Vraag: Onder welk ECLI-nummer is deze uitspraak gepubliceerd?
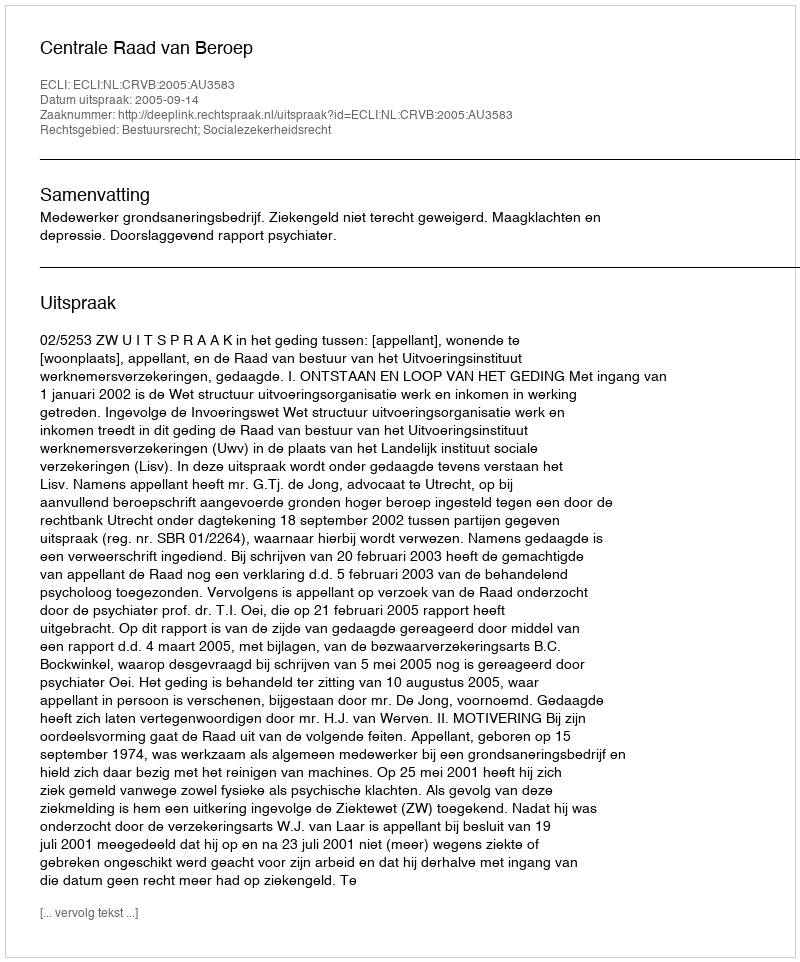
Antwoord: ECLI:NL:CRVB:2005:AU3583